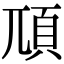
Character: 䪲